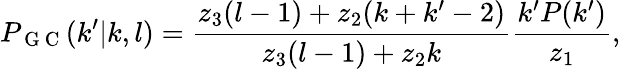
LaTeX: P_{\mathrm{~G~C~}}(k^{\prime}|k,l)=\frac{z_{3}(l-1)+z_{2}(k+k^{\prime}-2)}{z_{3}(l-1)+z_{2}k}\frac{k^{\prime}P(k^{\prime})}{z_{1}},